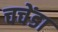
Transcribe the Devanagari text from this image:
चचेंडा